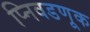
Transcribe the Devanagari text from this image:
प्निवडणूक